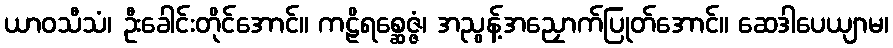
ယာဝသီသံ၊ ဦးခေါင်းတိုင်အောင်။ ကဠိရစ္ဆေဇ္ဇံ၊ အညွန့်အညှောက်ပြုတ်အောင်။ ဆေဒါပေယျာမ၊